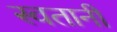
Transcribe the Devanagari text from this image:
स्वतानी